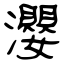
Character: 瀴